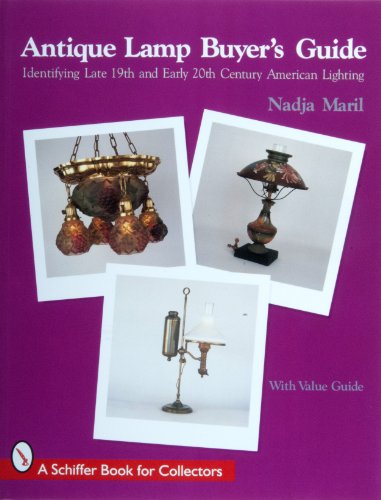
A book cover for Antique Lamp Buyer's Guide: Identifying Late 19th and Early 20th Century American Lighting (Schiffer Book for Collectors); Nadja Maril; Crafts, Hobbies & Home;